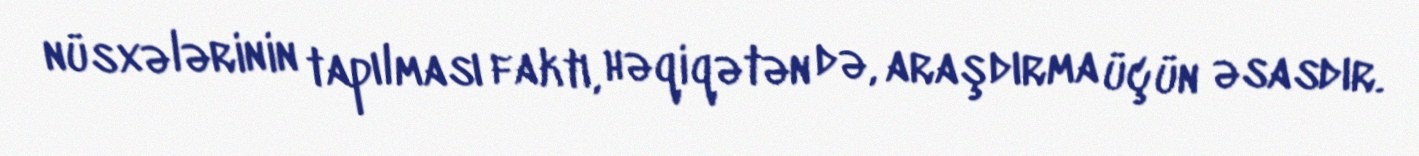
nüsxələrinin tapılması faktı, həqiqətən də, araşdırma üçün əsasdır.